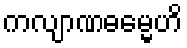
ကလျာဏဓမ္မေဟိ